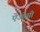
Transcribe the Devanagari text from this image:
ऐओसी